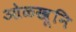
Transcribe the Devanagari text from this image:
ओळखूनि